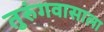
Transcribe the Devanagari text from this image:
तुरुंगवासाला